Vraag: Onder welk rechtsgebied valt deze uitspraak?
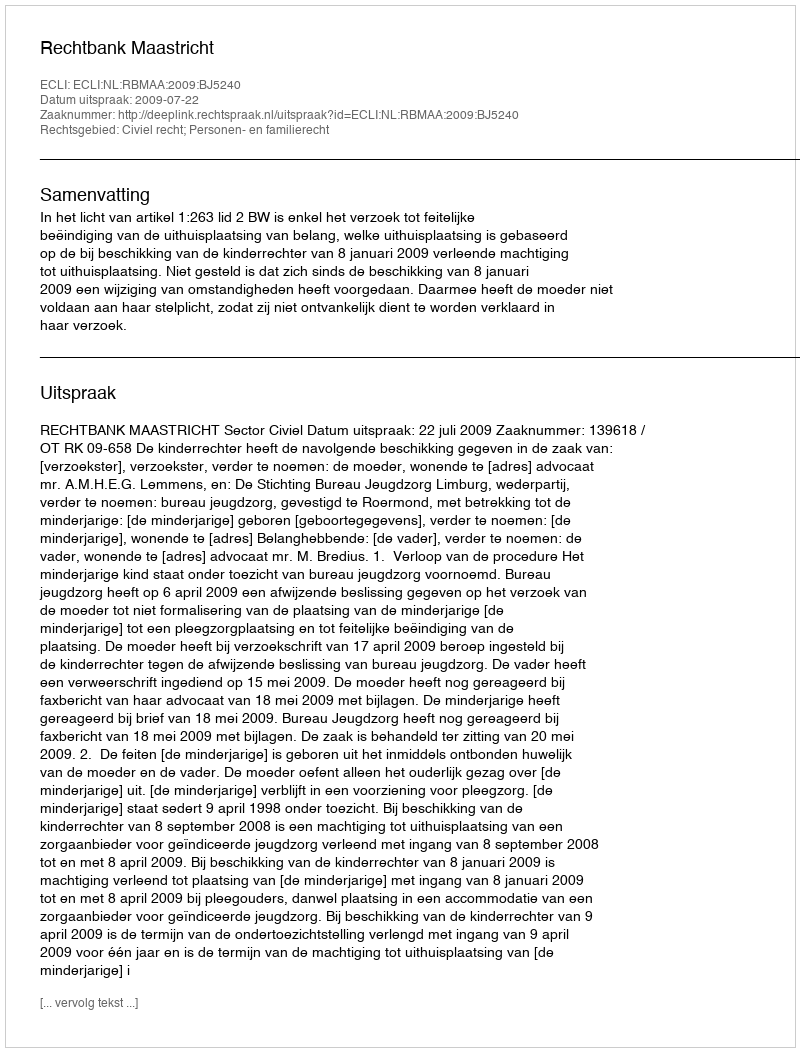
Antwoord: Civiel recht; Personen- en familierecht